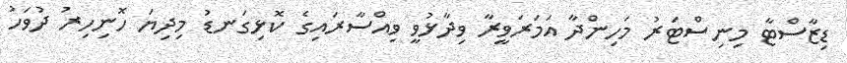
ޑިޒާސްޓާ މިނިސްޓަރު މަހިންދާ އަމަރަވީރާ ވިދާޅުވީ ވިއްސާރައިގެ ކޮޅިގަނޑު މިދިޔަ ހޮނިހިރު ދުވަހު